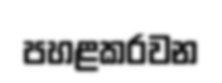
පහළකරවන